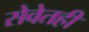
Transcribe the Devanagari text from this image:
सेवेतही